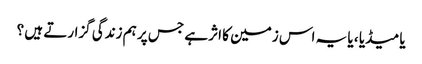
یا میڈیا ، یا یہ اس زمین کا اثر ہے جس پر ہم زندگی گزارتے ہیں ؟